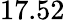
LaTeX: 17.52